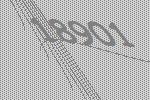
18901